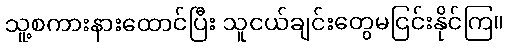
သူ့စကားနားထောင်ပြီး သူငယ်ချင်းတွေမငြင်းနိုင်ကြ။